Annual report on the Civil Veterinary Department, Burma (including the Insein Veterinary School) - 1932-1941
Year: 1932
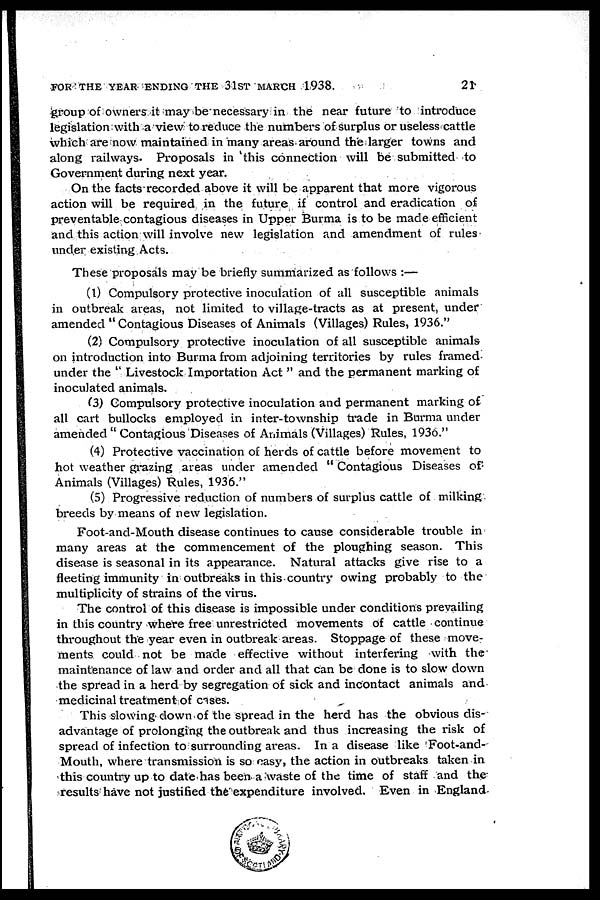
FOR THE YEAR ENDING THE 31ST MARCH 1938.
21
group of owners it may be necessary in the near future to introduce
legislation with a view to reduce the numbers of surplus or useless cattle
which are now maintained in many areas around the larger towns and
along railways. Proposals in this connection will be submitted to
Government during next year.
On the facts recorded above it will be apparent that more vigorous
action will be required in the future if control and eradication of
preventable contagious diseases in Upper Burma is to be made efficient
and this action will involve new legislation and amendment of rules
under existing Acts.
These proposals may be briefly summarized as follows :—
(1) Compulsory protective inoculation of all susceptible animals
in outbreak areas, not limited to village-tracts as at present, under
amended " Contagious Diseases of Animals (Villages) Rules, 1936."
(2) Compulsory protective inoculation of all susceptible animals
on introduction into Burma from adjoining territories by rules framed
under the " Livestock Importation Act " and the permanent marking of
inoculated animals.
(3) Compulsory protective inoculation and permanent marking of
all cart bullocks employed in inter-township trade in Burma under
amended " Contagious Diseases of Animals (Villages) Rules, 1936."
(4) Protective vaccination of herds of cattle before movement to
hot weather grazing areas under amended " Contagious Diseases of
Animals (Villages) Rules, 1936."
(5) Progressive reduction of numbers of surplus cattle of milking
breeds by means of new legislation.
Foot-and-Mouth disease continues to cause considerable trouble in
many areas at the commencement of the ploughing season. This
disease is seasonal in its appearance. Natural attacks give rise to a
fleeting immunity in outbreaks in this country owing probably to the
multiplicity of strains of the virus.
The control of this disease is impossible under conditions prevailing
in this country where free unrestricted movements of cattle continue
throughout the year even in outbreak areas. Stoppage of these move-
ments could not be made effective without interfering with the
maintenance of law and order and all that can be done is to slow down
the spread in a herd by segregation of sick and incontact animals and
medicinal treatment of cases.
This slowing down of the spread in the herd has the obvious dis-
advantage of prolonging the outbreak and thus increasing the risk of
spread of infection to surrounding areas. In a disease like Foot-and-
Mouth, where transmission is so easy, the action in outbreaks taken in
this country up to date has been a waste of the time of staff and the
results have not justified the expenditure involved. Even in England-